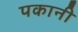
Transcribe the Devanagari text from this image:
पकानी